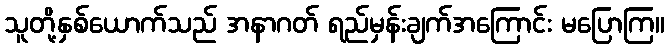
သူတို့နှစ်ယောက်သည် အနာဂတ် ရည်မှန်းချက်အကြောင်း မပြောကြ။